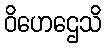
ဝိဟေဌေသိ